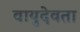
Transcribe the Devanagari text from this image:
वायुदेवता